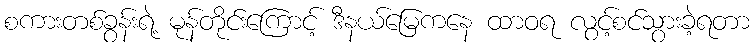
စကားတစ်ခွန်းရဲ့ မုန်တိုင်းကြောင့် ဒီနယ်မြေကနေ ထာဝရ လွင့်စင်သွားခဲ့ရတာ